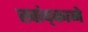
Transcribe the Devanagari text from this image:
खांद्काने